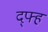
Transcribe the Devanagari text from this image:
द्फ्ह